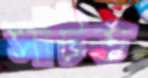
সাঁটত